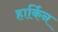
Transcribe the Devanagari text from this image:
हार्किन